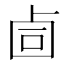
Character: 𰆅